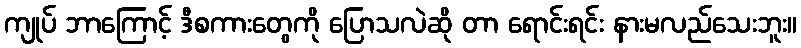
ကျုပ် ဘာကြောင့် ဒီစကားတွေကို ပြောသလဲဆို တာ ရောင်းရင်း နားမလည်သေးဘူး။